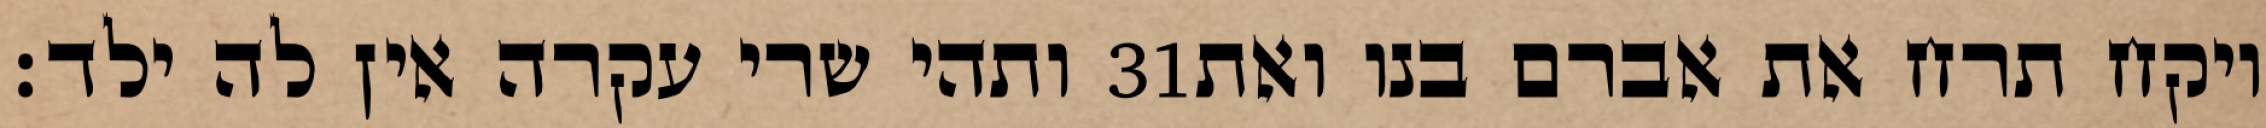
ותהי שרי עקרה אין לה ילד׃ ‎31‏ ויקח תרח את אברם בנו ואת